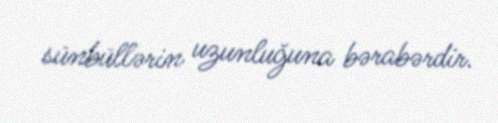
sünbüllərin uzunluğuna bərabərdir.